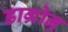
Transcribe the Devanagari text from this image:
डाग्रोन